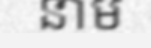
នាម